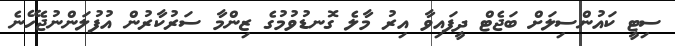
ސިޓީ ކައުންސިލަށް ބަޖެޓް ދީފައިވާ އިރު މާލެ ގޮނޑުވުމުގެ ޒިންމާ ސަރުކާރުން އުފުލަންނުޖެހޭނެ